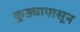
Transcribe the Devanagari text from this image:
कुड्यापासून